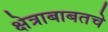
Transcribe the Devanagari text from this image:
क्षेत्राबाबतचे